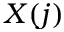
X ( j )